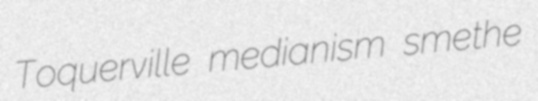
Toquerville medianism smethe